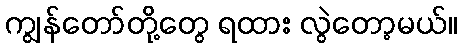
ကျွန်တော်တို့တွေ ရထား လွဲတော့မယ်။